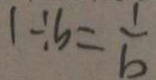
1 \div b = \frac { 1 } { b }